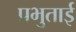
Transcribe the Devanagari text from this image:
प्रभुताई